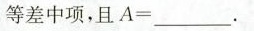
等差中项，且$$A = ___$$。